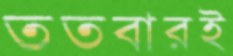
ততবারই